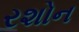
રશોન